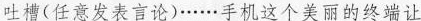
吐槽(任意发表言论)······手机这个美丽的终端让